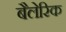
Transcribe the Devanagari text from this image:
बैलेरिक